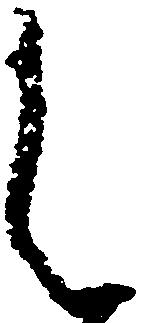
候